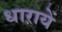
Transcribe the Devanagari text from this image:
धाऱायें